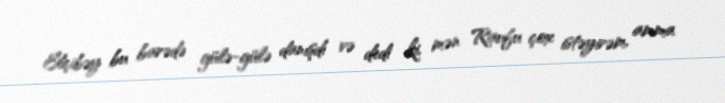
Elçibəy bu barədə gülə-gülə danışdı və dedi ki, mən Raufu çox istəyirəm, amma